Medical and sanitary report on the native army of Bombay for the year
Year: 1879
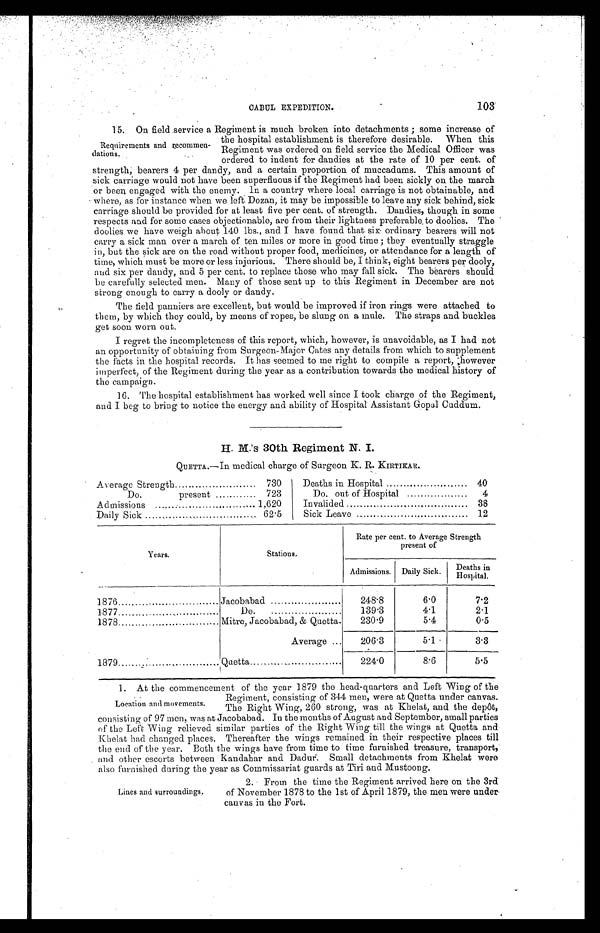
CABUL EXPEDITION. 103
15. On field service a Regiment is much broken into detachments; some increase of
the hospital establishment is therefore desirable. When this
Regiment was ordered on field service the Medical Officer was
ordered to indent for dandies at the rate of 10 per cent. of
strength; bearers 4 per dandy, and a certain proportion of muccadums. This amount of
sick carriage would not have been superfluous if the Regiment had been sickly on the march
or been engaged with the enemy. In a country where local carriage is not obtainable, and
where, as for instance when we left Dozan, it may be impossible to leave any sick behind, sick
carriage should be provided for at least five per cent. of strength. Dandies, though in some
respects and for some cases objectionable, are from their lightness preferable to doolies. The
doolies we have weigh about 140 lbs., and I have found that six ordinary bearers will not
carry a sick man over a march of ten miles or more in good time; they eventually straggle
in, but the sick are on the road without proper food, medicines, or attendance for a length of
time, which must be more or less injurious. There should be, I think, eight bearers per dooly,
and six per dandy, and 5 per cent. to replace those who may fall sick. The bearers should
be carefully selected men. Many of those sent up to this Regiment in December are not
strong enough to carry a dooly or dandy.
The field panniers are excellent, but would be improved if iron rings were attached to
them, by which they could, by means of ropes, be slung on a mule. The straps and buckles
get soon worn out.
I regret the incompleteness of this report, which, however, is unavoidable, as I had not
an opportunity of obtaining from Surgeon-Major Cates any details from which to supplement
the facts in the hospital records. It has seemed to me right to compile a report, however
imperfect, of the Regiment during the year as a contribution towards the medical history of
the campaign.
16. The hospital establishment has worked well since I took charge of the Regiment,
and I beg to bring to notice the energy and ability of Hospital Assistant Gopal Cuddum.
H. M'.S 30th Regiment N. I.
QUETTA.—In medical charge of Surgeon K. R. KIRTIKAR.
Average Strength
730
Deaths in Hospital 40
Do. present 723
Do. out of Hospital 4
Admissions 1,620
Invalided 38
Daily Sick 62.5
Sick Leave 12
Years.
Stations.
Rate per cent. to Average Strength
present of
Admissions. Daily Sick.
Deaths in H o s p i t a l .
1876
Jacobabad
248.8
6.0
7.2
1877
Do.
139.3
4.1
2.1
1878
Mitre, Jacobabad, & Quetta.
230 .9
5.4
0.5
Average
206. 3
5.1
3.3
1879
Quetta
224.0
8.6
5.5
1. At the commencement of the year 1879 the head-quarters and Left Wing of the
Regiment, consisting of 344 men, were at Quetta under canvas.
The Right Wing, 260 strong, was at Khelat, and the depôt,
consisting of 97 men, was at Jacobabad. In the months of August and September, small parties
of the Left Wing relieved similar parties of the Right Wing till the wings at Quetta and
Khelat had changed places. Thereatter the wings remained in their respective places till
the end of the year. Both the wings have from time to time furnished treasure, transport,'
and other escorts between Kandahar and Dadur. Small detachments from Khelat were
also furnished during the year as Commissariat guards at Tiri and Mustoong.
Requirements and recommen-
dations.
Location and movements.
Lines and surroundings.
2. From the time the Regiment arrived here on the 3rd:
of November 1878 to the 1st of April 1879, the men were under
canvas in the Fort.